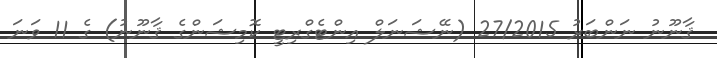
ޤާނޫނު ނަންބަރު 27/2015 (ނޭޝަނަލް އިންޓެގްރިޓީ ކޮމިޝަންގެ ޤާނޫނު) ގެ 11 ވަނަ